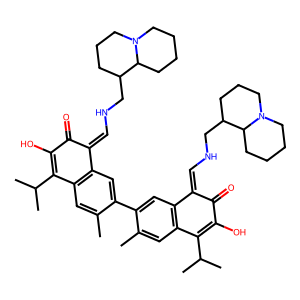
SMILES: Cc1cc2c(cc1-c1cc3c(cc1C)C(C(C)C)=C(O)C(=O)C3=CNCC1CCCN3CCCCC13)C(=CNCC1CCCN3CCCCC13)C(=O)C(O)=C2C(C)C
Inhibits HIV replication: Yes